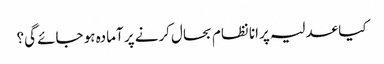
کیا عدلیہ پرانا نظام بحال کرنے پر آمادہ ہو جائے گی؟